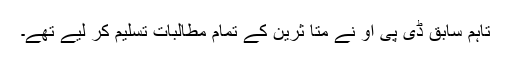
تاہم سابق ڈی پی او نے متا ثرین کے تمام مطالبات تسلیم کر لیے تھے۔